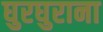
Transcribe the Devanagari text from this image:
घुरघुराना